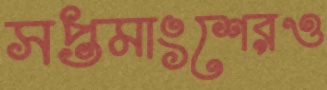
সপ্তমাংশেরও